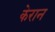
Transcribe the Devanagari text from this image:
केरान